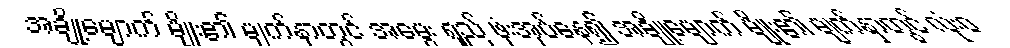
အချို့မျောက် မျိုး၏ မျက်နှာတွင် အမွေး ရှည် ဖုံးအုပ်နေ၍ အချို့မျောက် မျိုး၏ မျက်နှာတွင် လုံးဝ